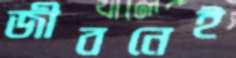
জীবনেই